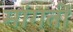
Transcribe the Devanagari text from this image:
मांगतीं